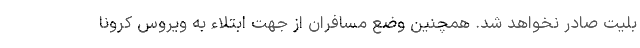
بلیت صادر نخواهد شد. همچنین وضع مسافران از جهت ابتلاء به ویروس کرونا